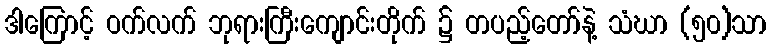
ဒါကြောင့် ဝက်လက် ဘုရားကြီးကျောင်းတိုက် ၌ တပည့်တော်နဲ့ သံဃာ (၅၀)သာ